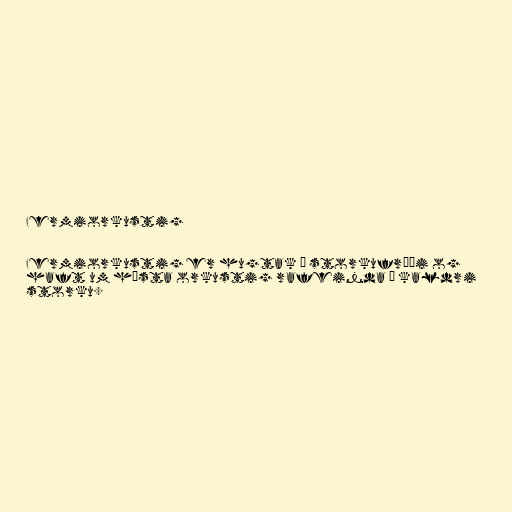
Fermiorkustig

Fermiorkustig er hugtak í storkufræði og
haft um hæsta orkustig rafeinda í kaldri
storku.